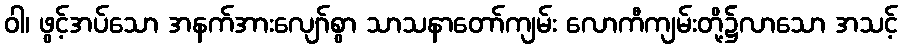
ဝါ၊ ဖွင့်အပ်သော အနက်အားလျော်စွာ သာသနာတော်ကျမ်း လောကီကျမ်းတို့၌လာသော အသင့်